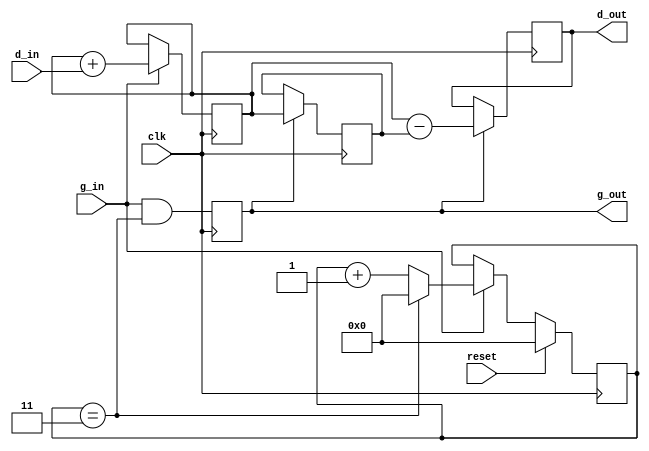
`timescale 1ns / 1ns

module simple_cic(clk, reset, g_in, g_out, d_in, d_out);
	parameter in_width=16;
	parameter out_width=18;
	parameter cic_n=4;
	input clk;
	input reset;
	input g_in;
	output g_out;

	input signed [in_width-1:0] d_in;
	output signed [out_width-1:0] d_out;

reg [out_width+1-in_width:0] count=0;
reg [out_width-1:0] int1=0, prev_int1=0, diff1=0;
reg g_1=0;
wire last_count = count==cic_n-1;
always @(posedge clk) begin
	if (g_in) begin
		int1 <= int1 + d_in;
		count <= last_count ? 0 : count+1;
	end
	if (reset) count <= 0;
	g_1 <= g_in & last_count;
	if (g_1) begin
		prev_int1 <= int1;
		diff1 <= int1 - prev_int1;
	end
end
assign g_out=g_1;
assign d_out=diff1;
endmodule